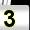
Digit: 3